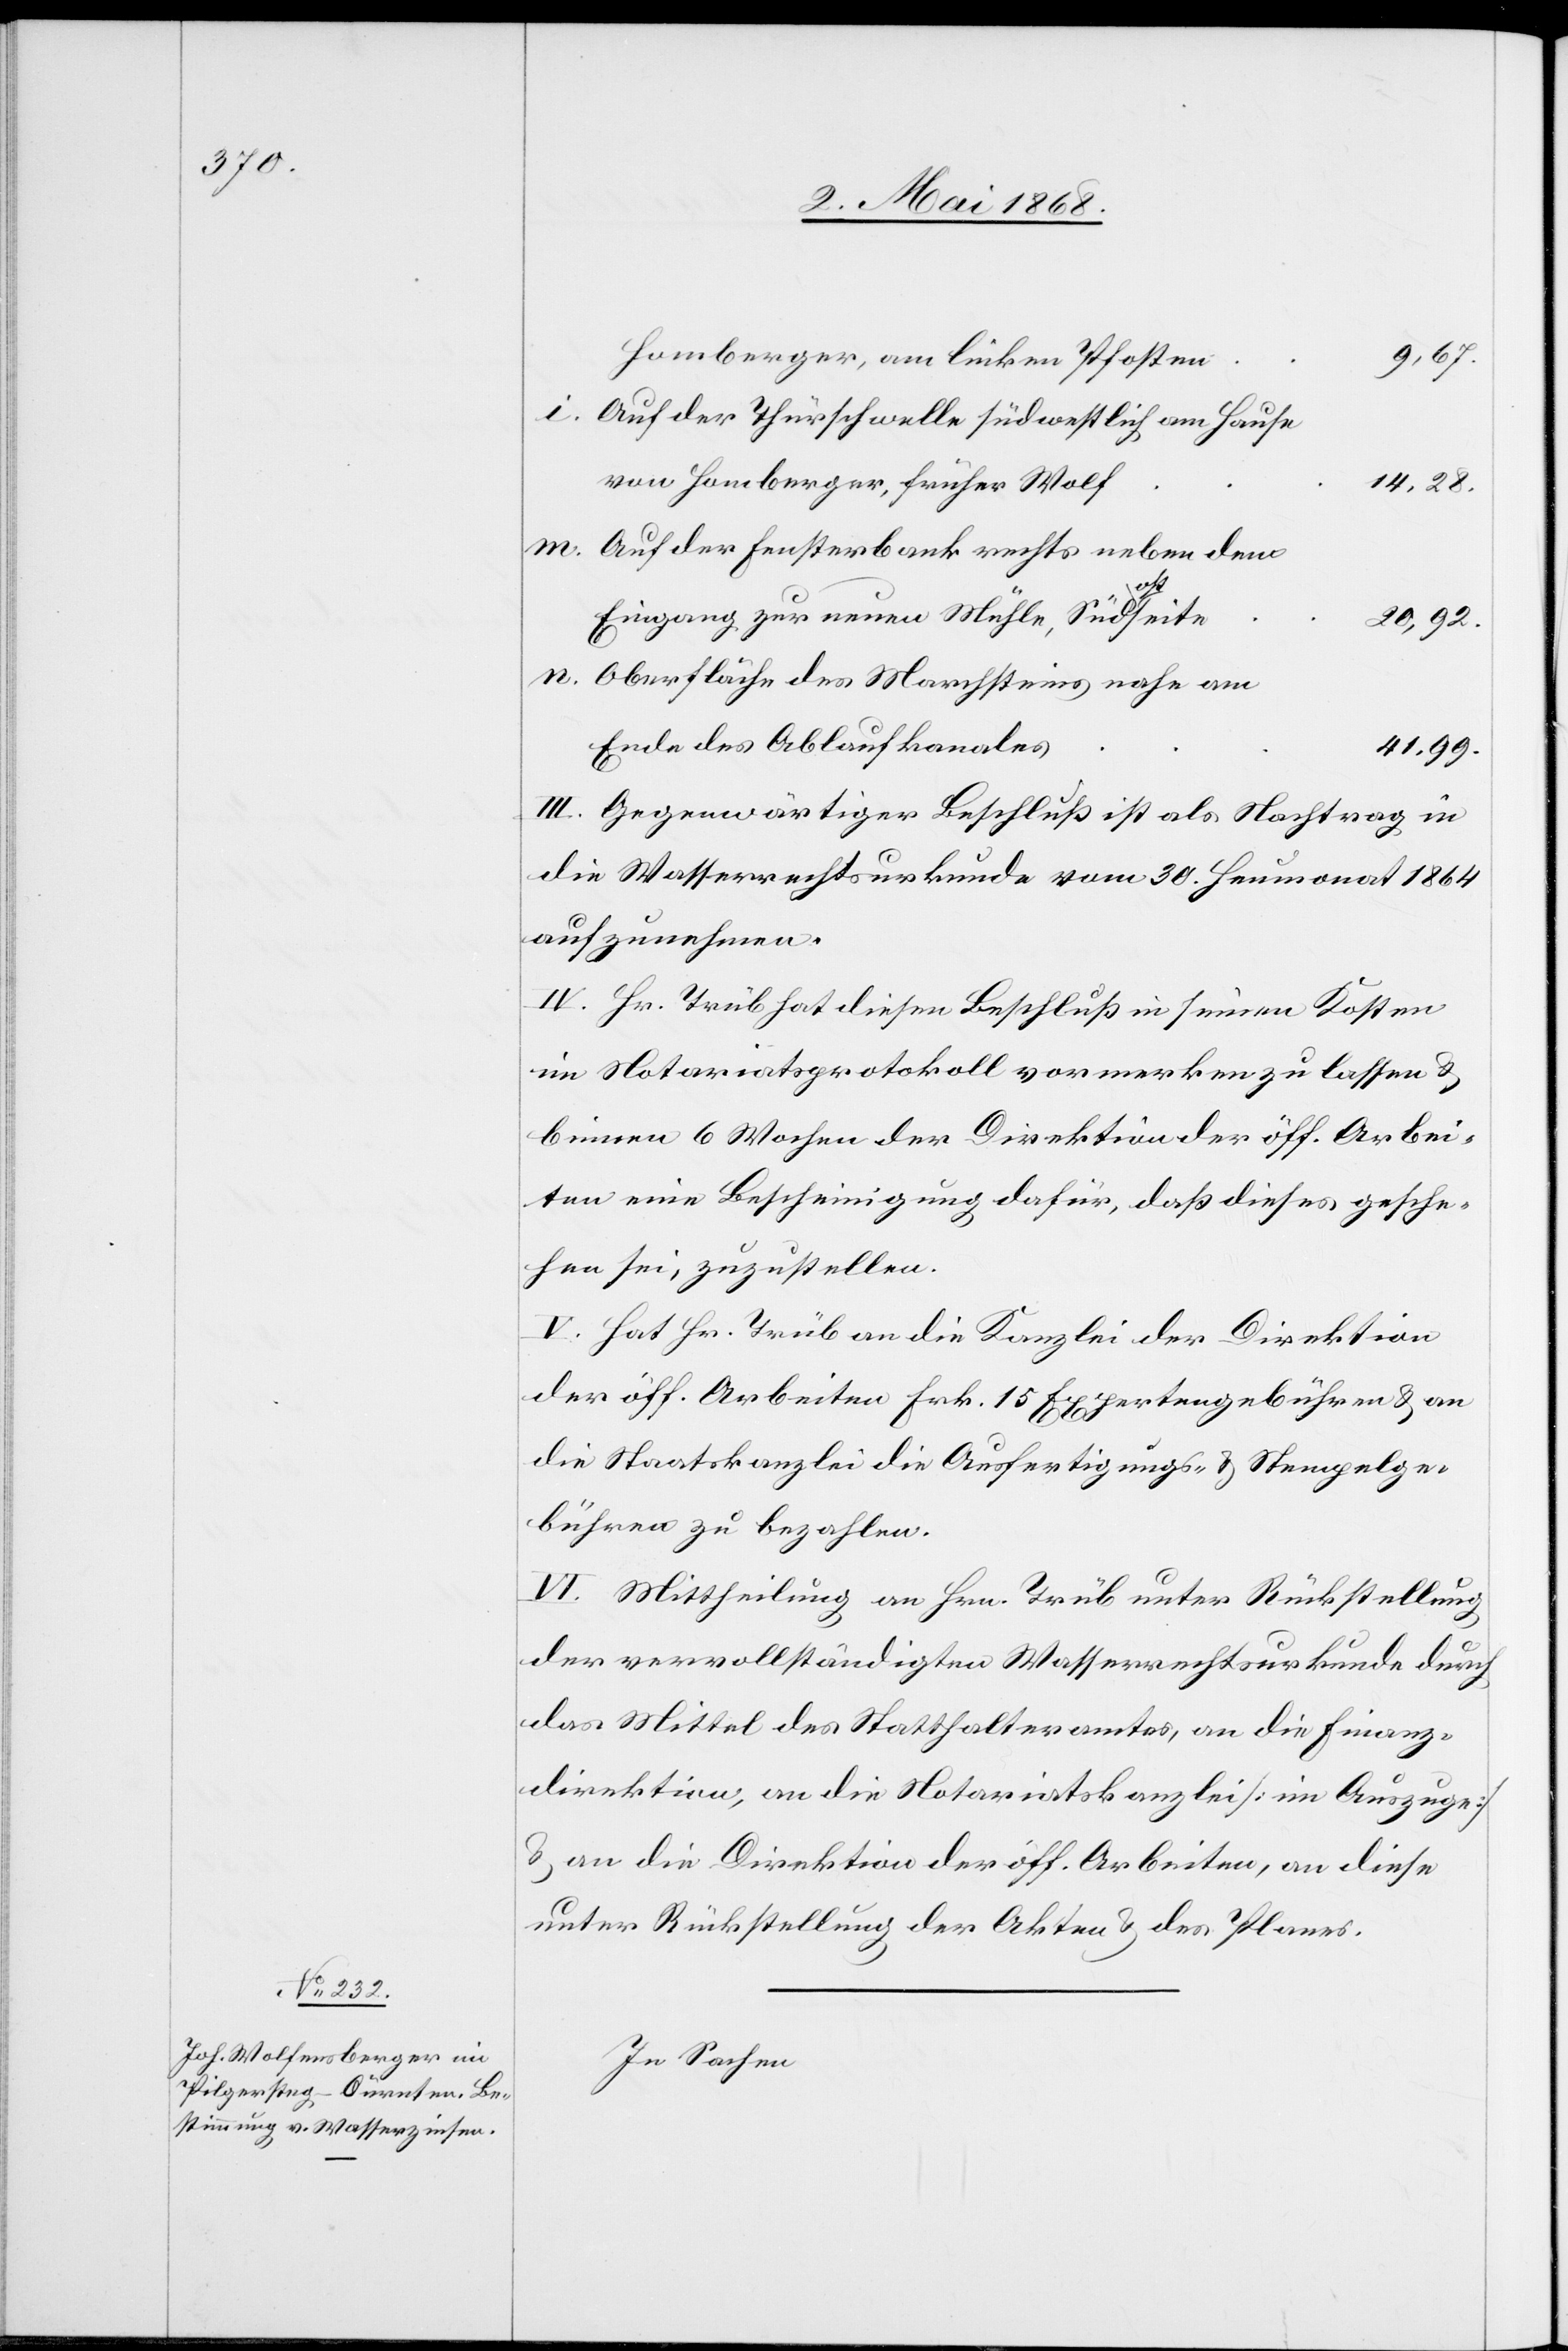
Homberger, am linken Pfosten
9,67.
i.
Auf der Thürschwelle südwestlich am Hause
von Homberger, früher Wolf
14,28.
Auf der Fensterbank rechts neben dem
n.
Eingang zur neuen Mühle, Südostseite
20,92.
Oberfläche des Marchsteins nahe am
Ende des Ablaufkanales
41,99.
III. Gegenwärtiger Beschluß ist als Nachtrag in
die Wasserrechtsurkunde vom 30. Heumonat 1864
aufzunehmen.
IV. Hr. Trüb hat diesen Beschluß in seinen Kosten
im Notariatsprotokoll vormerken zu lassen &
binnen 6 Wochen der Direktion der öff. Arbei¬
ten eine Bescheinigung dafür, daß dieses gesche¬
hen sei, zuzustellen.
V. Hat Hr. Trüb an die Kanzlei der Direktion
der öff. Arbeiten Frk. 15 Expertengebühren & an
die Staatskanzlei die Ausfertigungs- & Stempelge¬
bühren zu bezahlen.
VI. Mittheilung an Hrn. Trüb unter Rückstellung
der vervollständigten Wasserrechtsurkunde durch
das Mittel des Statthalteramtes, an die Finanz¬
direktion, an die Notariatskanzlei [im Auszuge]
& an die Direktion der öff. Arbeiten, an diese
unter Rückstellung der Akten & des Planes.
In Sachen